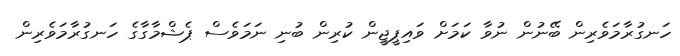
ހަނގުރާމަވެރިން ބޭނުން ނުވާ ކަމަށް ވައިޕީޖީން ކުރިން ބުނި ނަމަވެސް ޕެޝްމާގާގެ ހަނގުރާމަވެރިން